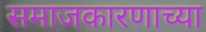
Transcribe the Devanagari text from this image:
समाजकारणाच्या